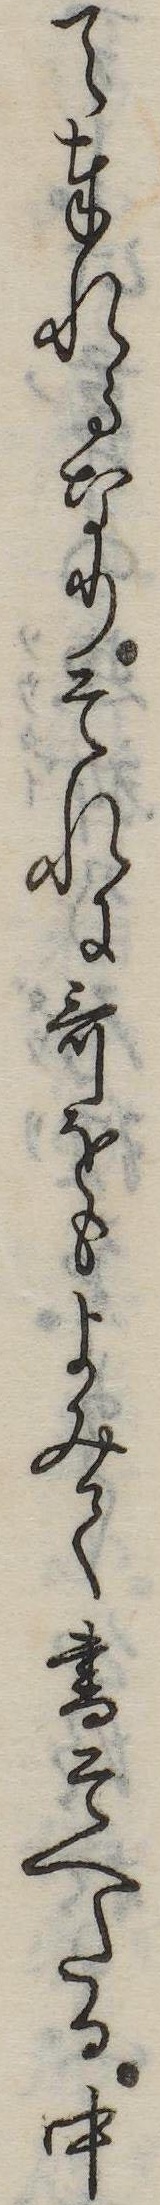
て奉れるなりそれに歌をもよみて書そへたる中